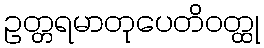
ဥတ္တရမာတုပေတိဝတ္ထု